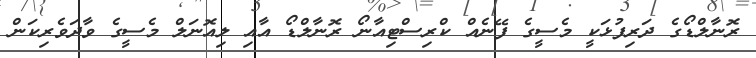
ރޮނާލްޑޯގެ ދަރިފުޅަކީ މެސީގެ ފޭނެއް ކްރިސްޓިއާނޯ ރޮނާލްޑޯ އާއި ލިއޮނަލް މެސީގެ ވާދަވެރިކަން